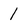
Character: 1